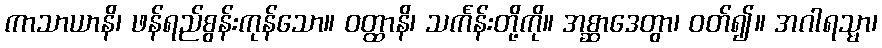
ကာသာယာနိ၊ ဖန်ရည်စွန်းကုန်သော။ ဝတ္ထာနိ၊ သင်္ကန်းတို့ကို။ အစ္ဆာဒေတွာ၊ ဝတ်၍။ အဂါရသ္မာ၊